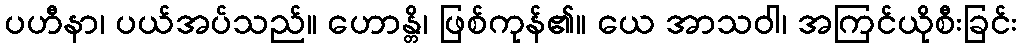
ပဟီနာ၊ ပယ်အပ်သည်။ ဟောန္တိ၊ ဖြစ်ကုန်၏။ ယေ အာသဝါ၊ အကြင်ယိုစီးခြင်း